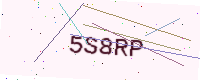
Text: 5S8RP